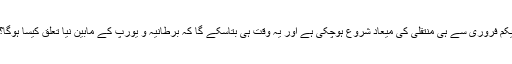
یکم فروری سے ہی منتقلی کی میعاد شروع ہوچکی ہے اور یہ وقت ہی بتاسکے گا کہ برطانیہ و یورپ کے مابین نیا تعلق کیسا ہوگا؟